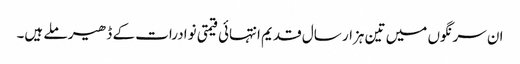
ان سرنگوں میں تین ہزار سال قدیم انتہائی قیمتی نوادرات کے ڈھیر ملے ہیں۔